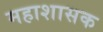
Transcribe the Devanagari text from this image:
महाशासक